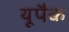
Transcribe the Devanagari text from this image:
यूपैक